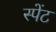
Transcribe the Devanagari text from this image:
स्पेंट